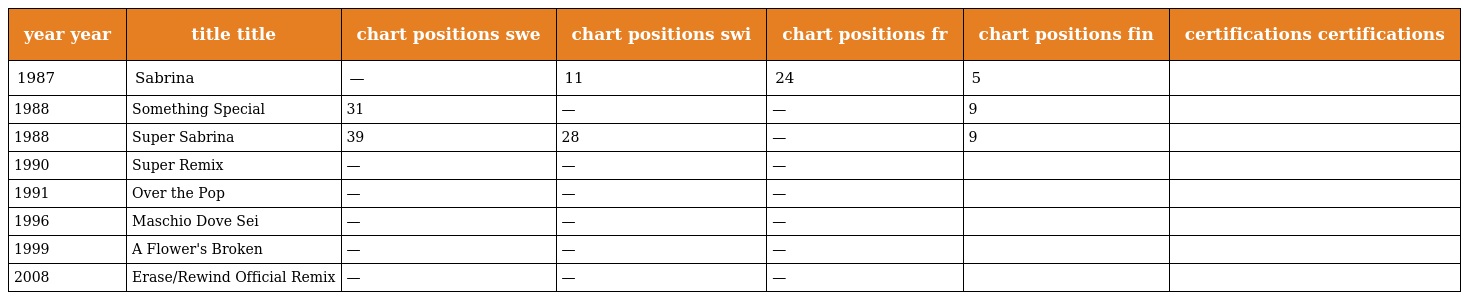
| year year | title title | chart positions swe | chart positions swi | chart positions fr | chart positions fin | certifications certifications |
 | --- | --- | --- | --- | --- | --- | --- |
 | 1987 | Sabrina | — | 11 | 24 | 5 |  |
 | 1988 | Something Special | 31 | — | — | 9 |  |
 | 1988 | Super Sabrina | 39 | 28 | — | 9 |  |
 | 1990 | Super Remix | — | — | — |  |  |
 | 1991 | Over the Pop | — | — | — |  |  |
 | 1996 | Maschio Dove Sei | — | — | — |  |  |
 | 1999 | A Flower's Broken | — | — | — |  |  |
 | 2008 | Erase/Rewind Official Remix | — | — | — |  |  |